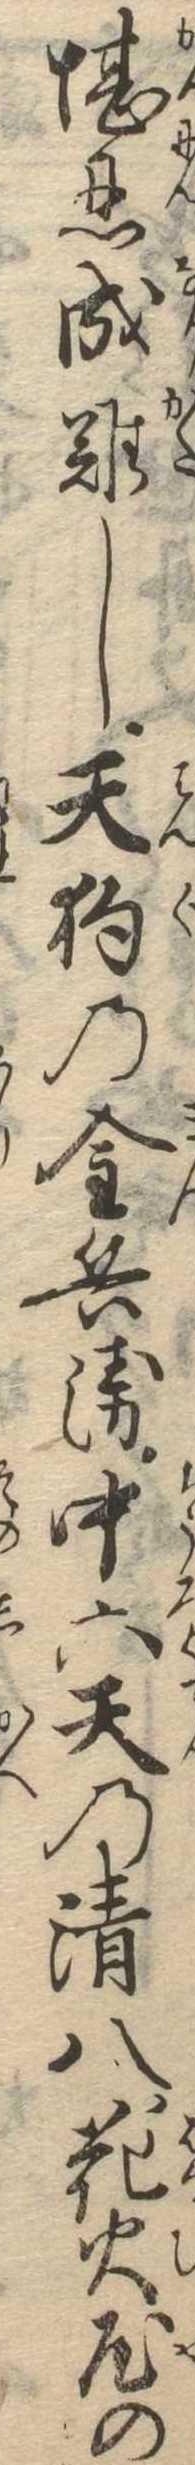
堪忍成難し天狗の金兵衛中六天の清八花火屋の